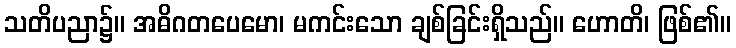
သတိပညာ၌။ အဓိဂတပေမော၊ မကင်းသော ချစ်ခြင်းရှိသည်။ ဟောတိ၊ ဖြစ်၏။